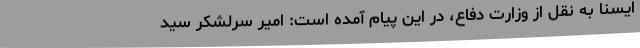
ایسنا به نقل از وزارت دفاع، در این پیام آمده است: امیر سرلشکر سید